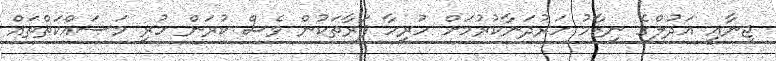
ޖިނާއީ އަދުލްގެ ނިޒާމު ހަރުދަނާކުރުމަށް ހުރިހާ ފަރާތަކުން ވެސް ކުރަން ހުރި މަސައްކަތްތައް